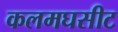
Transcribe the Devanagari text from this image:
कलमघसीट